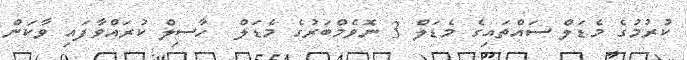
ކުރުމުގެ މެޑަލް ސައްތައިގެ މެޑަލް 3 ނޮވެމްބަރުގެ މެޑަލް  ހާސިލް ކުރައްވާފައި ވާކަން